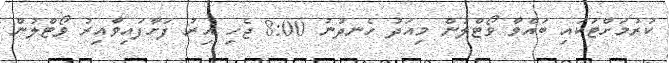
ކުރުމަށްޓަކައި ބައްވާ ވޯޓްލުން މިއަދު ހެނދުނު 8:00 ޖެހި އިރު ފަށާފައިވާއިރު ވޯޓްލުން